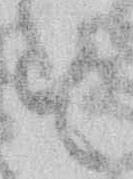
す